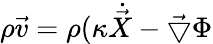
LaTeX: \rho\vec{v}=\rho(\kappa{\dot{\vec{X}}}-\vec{\bigtriangledown}\Phi